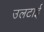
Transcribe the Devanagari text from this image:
उलटाई